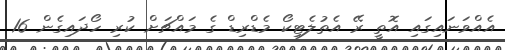
އެއްވަނައިގައި އޮތީ ރޭ އެތުލެޓިކޯ މެޑްރިޑް ގެ މައްޗަށް ކުރި ހޯދައިގެން 16